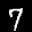
Label: 7